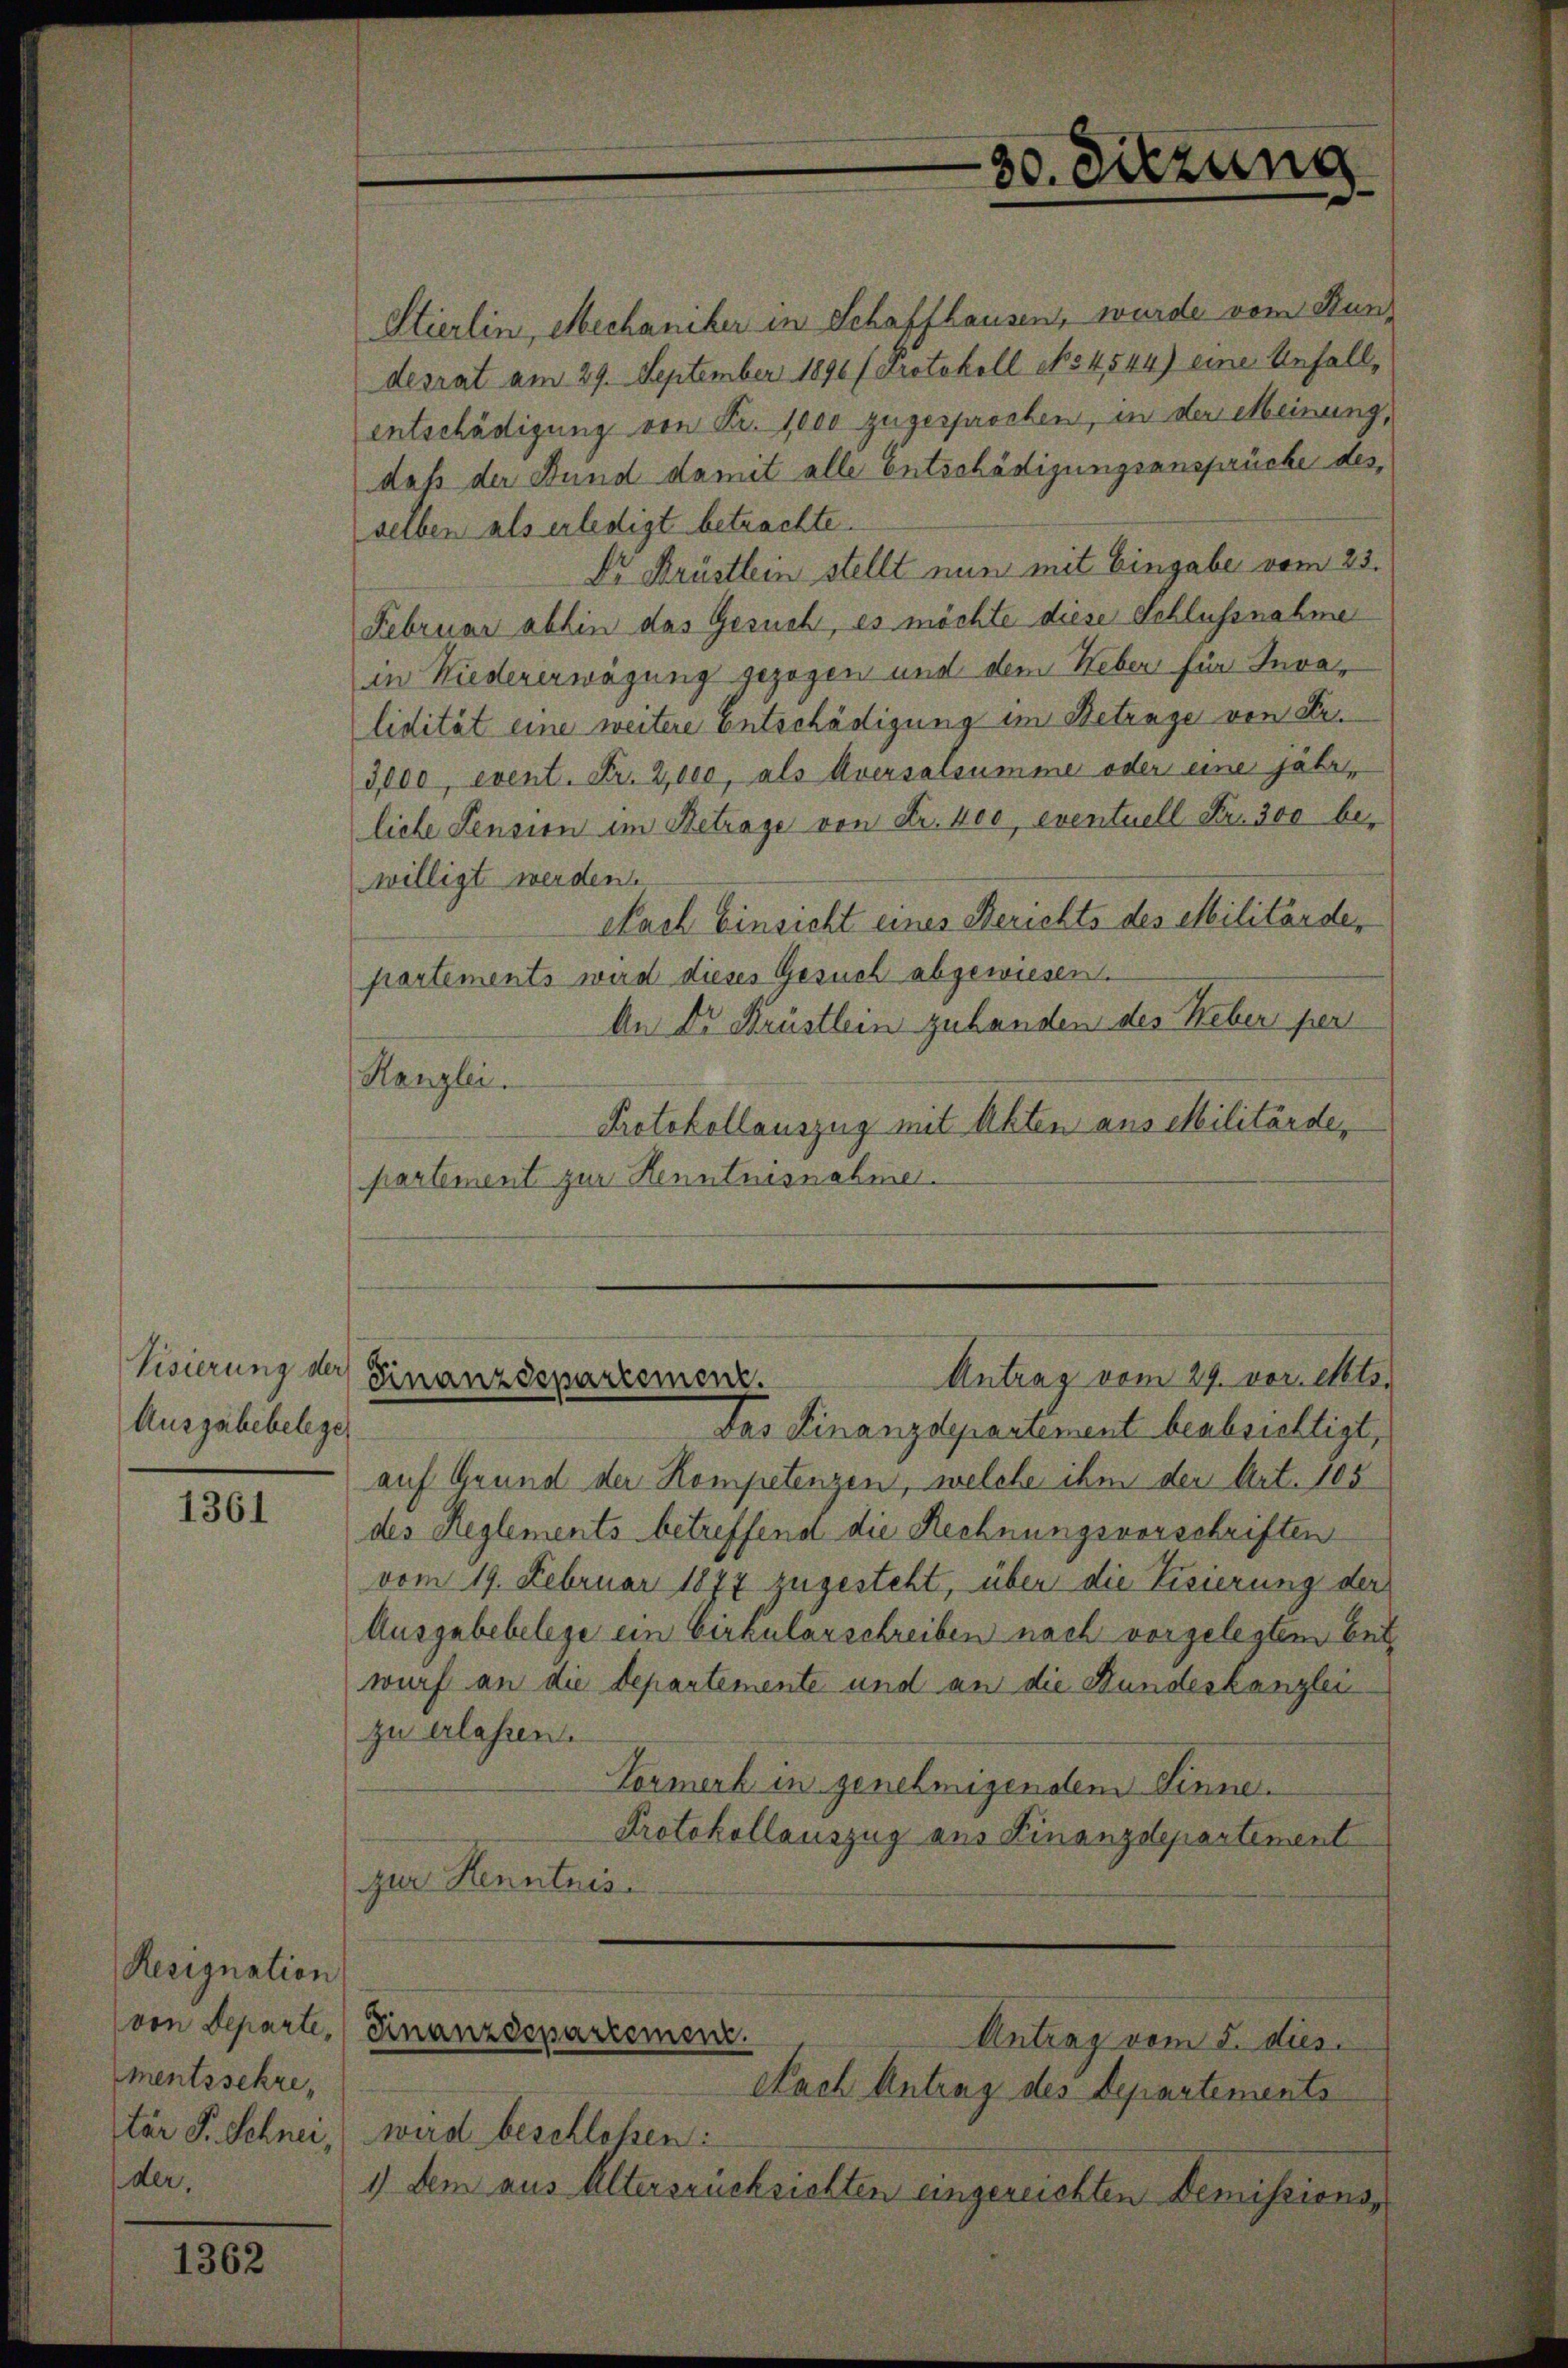
Visierung der
Auszuhebelege

1361

Resignation
von Departe,
mentssekre
tär S. Schnei,
der,

1362

Stierlin, Mechaniker in Schaffhausen, wurde vom Bun
desrat am 29. September 1890 / Protokoll No 4544) eine Anfall,
entschädigung von Fr. 1000 zugesprochen, in der Meinung,
daß der Bund damit alle Entschädigungsansprüche des
selben als erledigt betrachte.
Dr Brüstlein stellt nun mit Eingabe vom 25.
Februar abhin das Gesuch, es möchte diese Schlussnahme
in Niedererwägung gezogen und dem Heben für Invalidität eine weitere Entschädigung im Betrage von Sr.
3,000, event. Fr. 2,000, als Aversalsumme oder eine jahr,
liche Sension im Betrage von Fr. 400, eventuell Fr. 300 bewilligt werden
Nach Einsicht eines Berichts des Militärde,
partements wird dieses Gesuch abgewiesen.
An Dr Krüstlein zuhanden des Weber pent
Ranzlei.
Protokollauszug mit Akten aus Militärde,
partement zur Kenntnisnahme.

30. Sitzung

Das Finanzdepartement beabsichtigt,
auf Grund der Kompetenzen, welche ihm der Art. 105
des Reglements betreffend die Rechnungsvorschriften
vom 19. Februar 1877 zugesteht, über die Visierung der
Ausgebebelege ein Cirkularschreiben nach vorgelegten bei
wurf an die Departemente und an die Stundeskanzlei
zu erlassen.
Vormerb in genehmigendem Sinne.
Protokollauszug aus Finanzdepartement
Zur Kenntnis
Finanzdepartement.
Antrag vom 5. dies
Nach Antrag des Departements
wird beschloßen:
1) dem aus Altersrücksichten eingereichten Demissions¬

Antrag vom 29. vor. Mts.
Finanzdepartement.